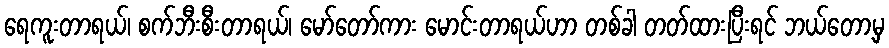
ရေကူးတာရယ်၊ စက်ဘီးစီးတာရယ်၊ မော်တော်ကား မောင်းတာရယ်ဟာ တစ်ခါ တတ်ထားပြီးရင် ဘယ်တော့မှ